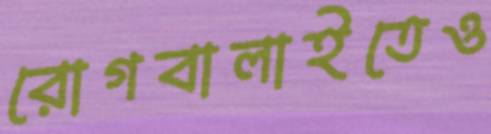
রোগবালাইতেও